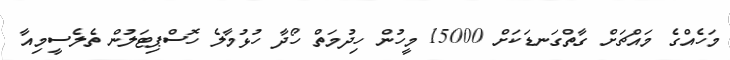
މަހެއްގެ މައްޗަށް ގާތްގަނޑަކަށް 15000 މީހުން ހިދުމަތް ހޯދާ ހުޅުމާލެ ހޮސްޕިޓަލުން ތެލެސީމިއާ